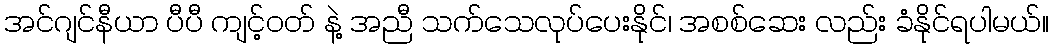
အင်ဂျင်နီယာ ပီပီ ကျင့်ဝတ် နဲ့ အညီ သက်သေလုပ်ပေးနိုင်၊ အစစ်ဆေး လည်း ခံနိုင်ရပါမယ်။